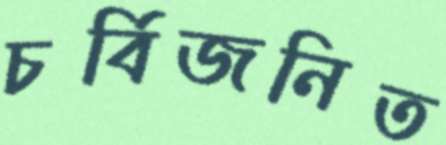
চর্বিজনিত